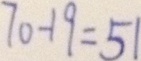
7 0 - 1 9 = 5 1